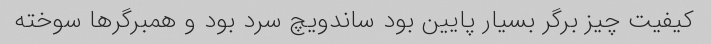
کیفیت چیز برگر بسیار پایین بود ساندویچ سرد بود و همبرگرها سوخته